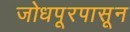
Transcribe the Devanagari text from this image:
जोधपूरपासून